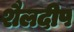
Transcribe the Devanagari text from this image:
शैलदीप